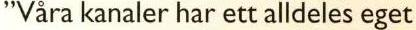
'Våra kanaler har ett alldeles eget